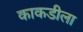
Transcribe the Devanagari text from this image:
काकडीला